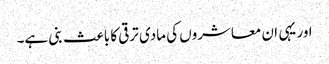
اور یہی ان معاشروں کی مادی ترقی کا باعث بنی ہے۔